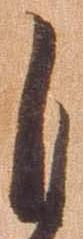
自